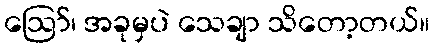
ဩော်၊ အခုမှပဲ သေချာ သိတော့တယ်။